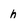
Character: h